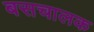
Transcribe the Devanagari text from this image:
बसचालक